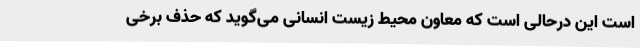
است این درحالی است که معاون محیط زیست انسانی می‌گوید که حذف برخی